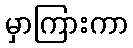
မှာကြားကာ